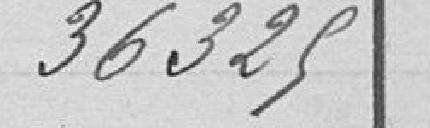
36325